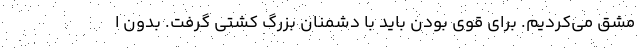
مشق می‌کردیم. برای قوی بودن باید با دشمنان بزرگ کشتی گرفت. بدون ا